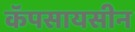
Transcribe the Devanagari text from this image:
कॅपसायसीन